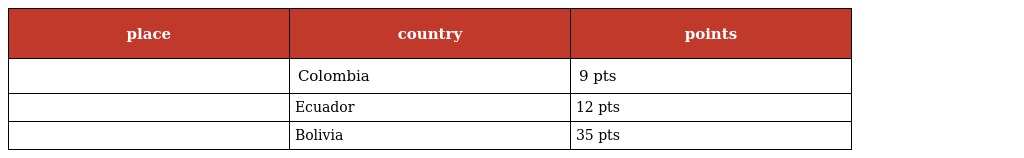
| place | country | points |
 | --- | --- | --- |
 |  | Colombia | 9 pts |
 |  | Ecuador | 12 pts |
 |  | Bolivia | 35 pts |